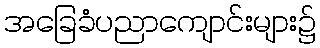
အခြေခံပညာကျောင်းများ၌